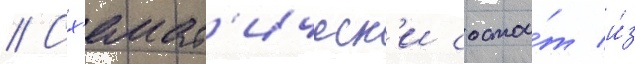
// Сх'емат'ическ'и состои́т и́з